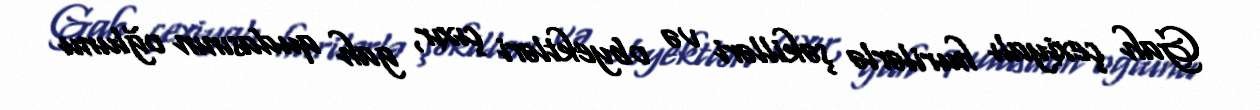
Gah çexiyalı hurilərlə şəkilləri və obyektləri çıxır, gah qudasının oğlunu